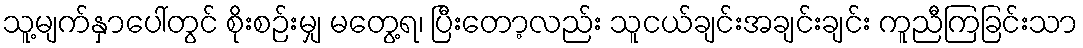
သူ့မျက်နှာပေါ်တွင် စိုးစဉ်းမျှ မတွေ့ရ၊ ပြီးတော့လည်း သူငယ်ချင်းအချင်းချင်း ကူညီကြခြင်းသာ